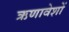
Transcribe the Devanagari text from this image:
ऋणावेशों